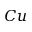
C u